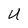
Character: U